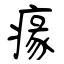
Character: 𤸁